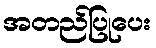
အတည်ပြုပေး